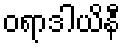
ဝရာဒါယိနီ